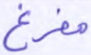
مفرغ